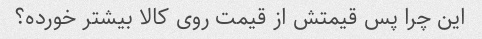
این چرا پس قیمتش از قیمت روی کالا بیشتر خورده؟